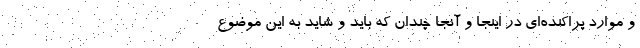
و موارد پراکنده‌ای در اینجا و آنجا چندان که باید و شاید به این موضوع